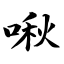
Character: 啾